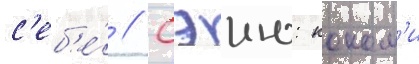
с'еб'е́ // Сэию: коном'и